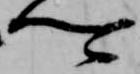
卿